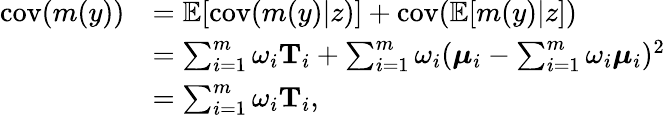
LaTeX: \begin{array}{rl}{\mathrm{cov}(m(y))}&{=\mathbb{E}[\mathrm{cov}(m(y)\vert z)]+\mathrm{cov}(\mathbb{E}[m(y)\vert z])}\\ &{=\sum_{i=1}^{m}\omega_{i}\mathbf{T}_{i}+\sum_{i=1}^{m}\omega_{i}(\boldsymbol{\mu}_{i}-\sum_{i=1}^{m}\omega_{i}\boldsymbol{\mu}_{i})^{2}}\\ &{=\sum_{i=1}^{m}\omega_{i}\mathbf{T}_{i},}\end{array}